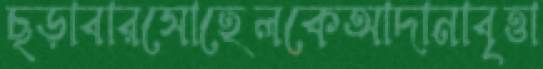
ছড়াবারসোহেলকেআদানাবৃত্তা